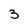
Character: 3